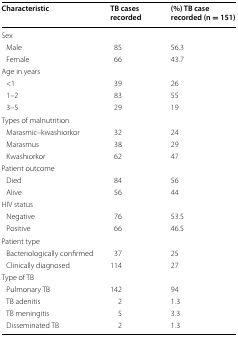
<table><thead><tr><td><b>Characteristic</b></td><td><b>TB cases recorded</b></td><td><b>(%) TB case recorded (n = 151)</b></td></tr></thead><tbody><tr><td colspan="3">Sex</td></tr><tr><td> Male</td><td>85</td><td>56.3</td></tr><tr><td> Female</td><td>66</td><td>43.7</td></tr><tr><td colspan="3">Age in years</td></tr><tr><td> &lt;1</td><td>39</td><td>26</td></tr><tr><td> 1–2</td><td>83</td><td>55</td></tr><tr><td> 3–5</td><td>29</td><td>19</td></tr><tr><td colspan="3">Types of malnutrition</td></tr><tr><td> Marasmic–kwashiorkor</td><td>32</td><td>24</td></tr><tr><td> Marasmus</td><td>38</td><td>29</td></tr><tr><td> Kwashiorkor</td><td>62</td><td>47</td></tr><tr><td colspan="3">Patient outcome</td></tr><tr><td> Died</td><td>84</td><td>56</td></tr><tr><td> Alive</td><td>56</td><td>44</td></tr><tr><td colspan="3">HIV status</td></tr><tr><td> Negative</td><td>76</td><td>53.5</td></tr><tr><td> Positive</td><td>66</td><td>46.5</td></tr><tr><td colspan="3">Patient type</td></tr><tr><td> Bacteriologically confirmed</td><td>37</td><td>25</td></tr><tr><td> Clinically diagnosed</td><td>114</td><td>27</td></tr><tr><td colspan="3">Type of TB</td></tr><tr><td> Pulmonary TB</td><td>142</td><td>94</td></tr><tr><td> TB adenitis</td><td>2</td><td>1.3</td></tr><tr><td> TB meningitis</td><td>5</td><td>3.3</td></tr><tr><td> Disseminated TB</td><td>2</td><td>1.3</td></tr></tbody></table>